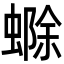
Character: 𮔲